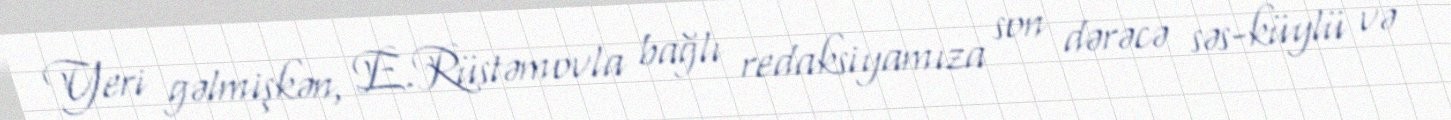
Yeri gəlmişkən, E.Rüstəmovla bağlı redaksiyamıza son dərəcə səs-küylü və